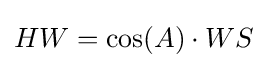
HW=\cos(A)\cdot WS